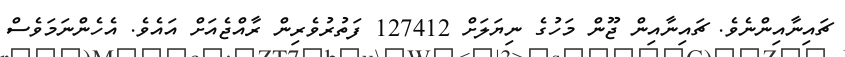
ޗައިނާއިންނެވެ. ޗައިނާއިން ޖޫން މަހުގެ ނިޔަލަށް 127412 ފަތުރުވެރިން ރާއްޖެއަށް އައެވެ. އެހެންނަމަވެސް